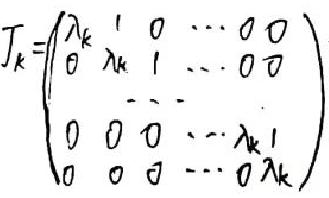
\[
J_{k}=\begin{pmatrix}
\lambda_{k} & 1 & 0 & \cdots & 0 & 0 \\
0 & \lambda_{k} & 1 & \cdots & 0 & 0 \\
& & \ddots & & & \\
0 & 0 & 0 & \cdots & \lambda_{k} & 1 \\
0 & 0 & 0 & \cdots & 0 & \lambda_{k}
\end{pmatrix}
\]